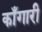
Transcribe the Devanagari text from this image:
काँगारी